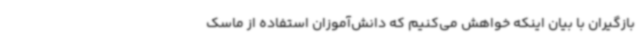
بازگیران با بیان اینکه خواهش می‌کنیم که دانش‌آموزان استفاده از ماسک